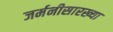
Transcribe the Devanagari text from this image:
जर्मनीसारख्या